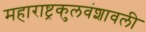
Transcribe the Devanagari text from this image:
महाराष्ट्रकुलवंशावली